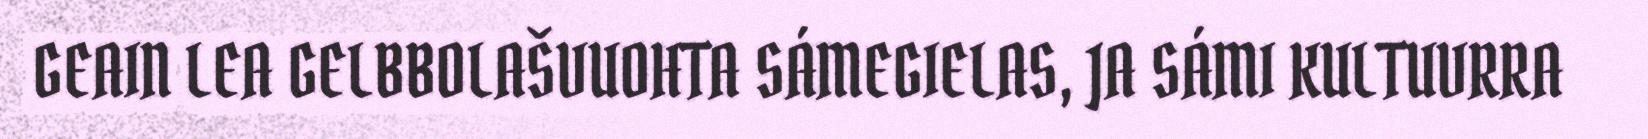
GEAIN LEA GELBBOLAŠVUOHTA SÁMEGIELAS, JA SÁMI KULTUVRRA